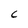
Character: C